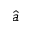
\hat { a }